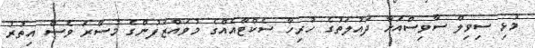
މުޅި ސިވިލް ސާވިސްއަށާ ދައުލަތުގެ ހުރިހާ ސެކްޓާއެއްގެ މުވައްޒަފުންގެ މުސާރަ ވެސް އިތުރު